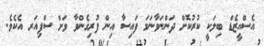
އެސްއީޒެޑް ބިލަކީ ކުރުކޮށް ދަންނަވާނަމަ ފައިސާ އިން ފުރިގެންވާ ވަށް ސްޕިއަރ އެކެވެ.